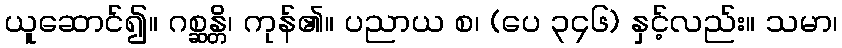
ယူဆောင်၍။ ဂစ္ဆန္တိ၊ ကုန်၏။ ပညာယ စ၊ (ပေ ၃၄၆) နှင့်လည်း။ သမာ၊